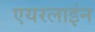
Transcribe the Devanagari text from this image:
एयरलाइंन